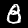
Label: 8